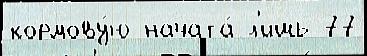
кормову́ю начата́ л'ишь 77